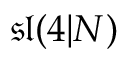
{ \mathfrak { s l } } ( 4 | N )